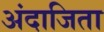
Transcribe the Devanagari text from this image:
अंदाजिता